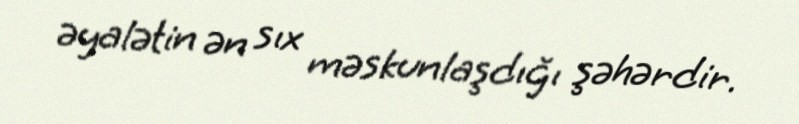
əyalətin ən sıx məskunlaşdığı şəhərdir.